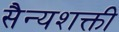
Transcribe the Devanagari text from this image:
सैन्यशक्ती